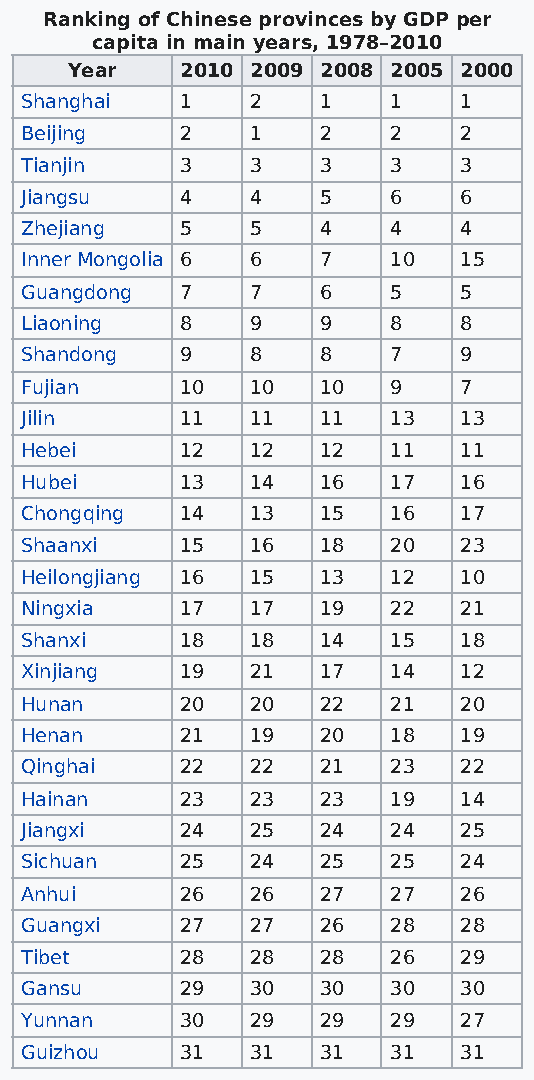
Ranking of Chinese provinces by GDP per
 capita in main years, 1978–2010
 Year    2010 2009 2008 2005 2000
 Shanghai   1    2   1    1   1
 Beijing    2    1   2    2   2
 Tianjin    3    3   3    3   3
 Jiangsu    4    4   5    6   6
 Zhejiang   5    5   4    4   4
 Inner Mongolia 6 6  7    10  15
 Guangdong  7    7   6    5   5
 Liaoning   8    9   9    8   8
 Shandong   9    8   8    7   9
 Fujian     10   10  10   9   7
 Jilin      11   11  11   13  13
 Hebei      12   12  12   11  11
 Hubei      13   14  16   17  16
 Chongqing  14   13  15   16  17
 Shaanxi    15   16  18   20  23
 Heilongjiang 16 15  13   12  10
 Ningxia    17   17  19   22  21
 Shanxi     18   18  14   15  18
 Xinjiang   19   21  17   14  12
 Hunan      20   20  22   21  20
 Henan      21   19  20   18  19
 Qinghai    22   22  21   23  22
 Hainan     23   23  23   19  14
 Jiangxi    24   25  24   24  25
 Sichuan    25   24  25   25  24
 Anhui      26   26  27   27  26
 Guangxi    27   27  26   28  28
 Tibet      28   28  28   26  29
 Gansu      29   30  30   30  30
 Yunnan     30   29  29   29  27
 Guizhou    31   31  31   31  31